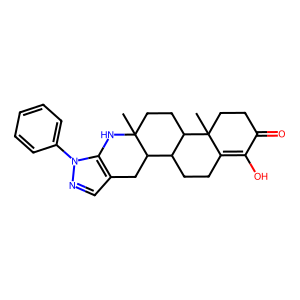
SMILES: CC12CCC3C(CCC4=C(O)C(=O)CCC43C)C1Cc1cnn(-c3ccccc3)c1N2
Inhibits HIV replication: No